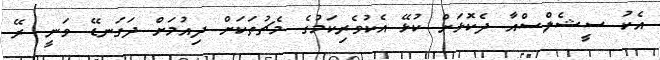
އެކު ސީޝެލްސްއާ ދެކޮޅަށް ކުޅޭ އެކުވެރިކަމުގެ މެޗުތަކަށް ދިއުމަށް ދަގަނޑޭ ވަނީ ރޭ